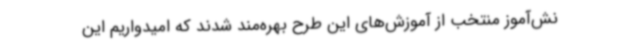
نش‌آموز منتخب از آموزش‌های این طرح بهره‌مند شدند که امیدواریم این